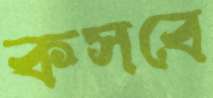
কসবে